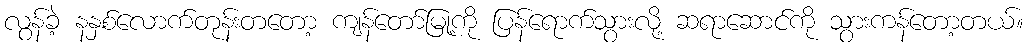
လွန်ခဲ့ နနှစ်လောက်တုန်းတတော့ ကျန်တော်မြု့ကို ပြန်ရောက်သွားလို့ ဆရာဆောင်ကို သွားကန်တော့တယ်။